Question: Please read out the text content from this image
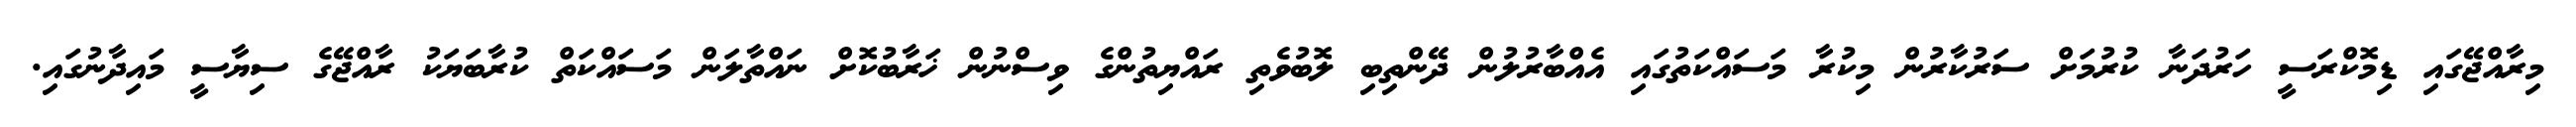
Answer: މިރާއްޖޭގައި ޑިމޮކްރަސީ ހަރުދަނާ ކުރުމަށް ސަރުކާރުން މިކުރާ މަސައްކަތުގައި އެއްބާރުލުން ދޭންތިބި ލޮބުވެތި ރައްޔިތުންގެ ވިސްނުން ޚަރާބުކޮށް ނައްތާލަން މަސައްކަތް ކުރާބަޔަކު ރާއްޖޭގެ ސިޔާސީ މައިދާނުގައި.